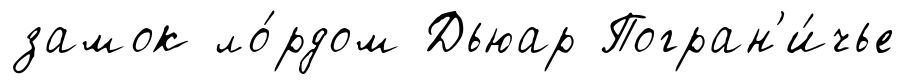
замок ло́рдом Дьюар Погран'и́чье